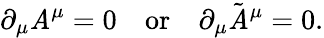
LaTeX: \partial_{\mu}\mathit{A}^{\mu}=0\quad\mathrm{{or}}\quad\partial_{\mu}\tilde{{\mathit{A}}}^{\mu}=0.